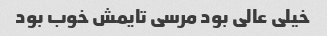
خیلی عالی بود مرسی تایمش خوب بود